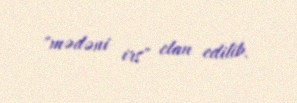
"mədəni irs" elan edilib.